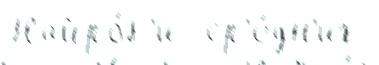
Найро́б'и  ср'е́дн'их